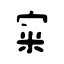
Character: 宩